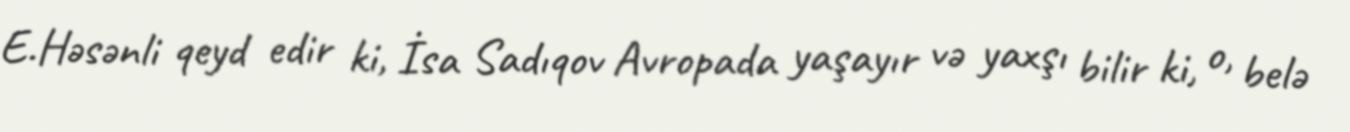
E.Həsənli qeyd edir ki, İsa Sadıqov Avropada yaşayır və yaxşı bilir ki, o, belə